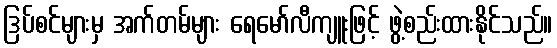
ဒြပ်စင်များမှ အက်တမ်များ ရေမော်လီကျူးဖြင့် ဖွဲ့စည်းထားနိုင်သည်။